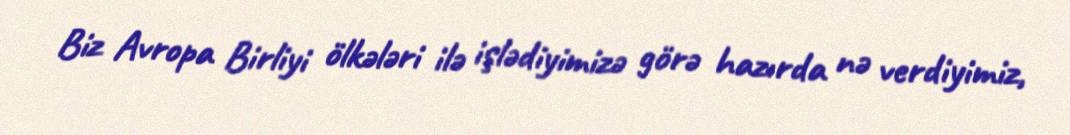
Biz Avropa Birliyi ölkələri ilə işlədiyimizə görə hazırda nə verdiyimiz,